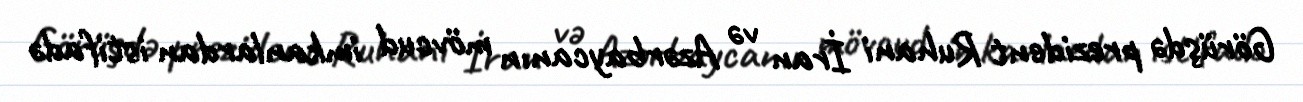
Görüşdə prezident Ruhani İran və Azərbaycanın mövcud imkanlardan istifadə